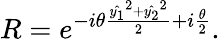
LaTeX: R=e^{-i\theta\frac{\hat{y_{1}}^{2}+\hat{y_{2}}^{2}}{2}+i\frac{\theta}{2}}.